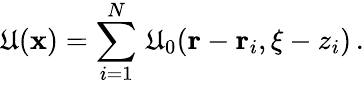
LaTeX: \mathfrak{U}({\mathbf{x}})=\sum_{i=1}^{N}\, \mathfrak{U}_{0}({\mathbf{r}}-{\mathbf{r}}_{i},\xi-z_{i})\, .